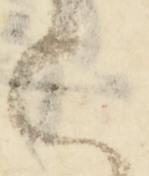
上